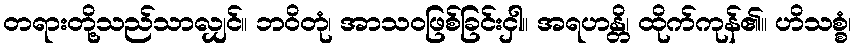
တရားတို့သည်သာလျှင်။ ဘဝိတုံ၊ အာသဝဖြစ်ခြင်းငှါ။ အရဟန္တိ၊ ထိုက်ကုန်၏။ ဟိသစ္စံ၊